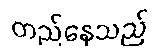
တည်နေသည်